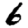
Digit: 6